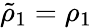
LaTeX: \tilde{\rho}_{1}=\rho_{1}